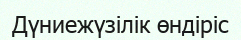
Дүниежүзілік өндіріс